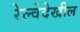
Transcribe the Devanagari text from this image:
रेल्वेदेखील